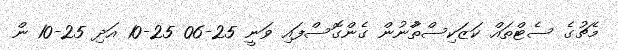
މެޗުގެ ސެޓްތައް ކަޒަކިސްތާުނުން ގެންގޮސްފައި ވަނީ 25-06 25-10 އަދި 25-10 ން